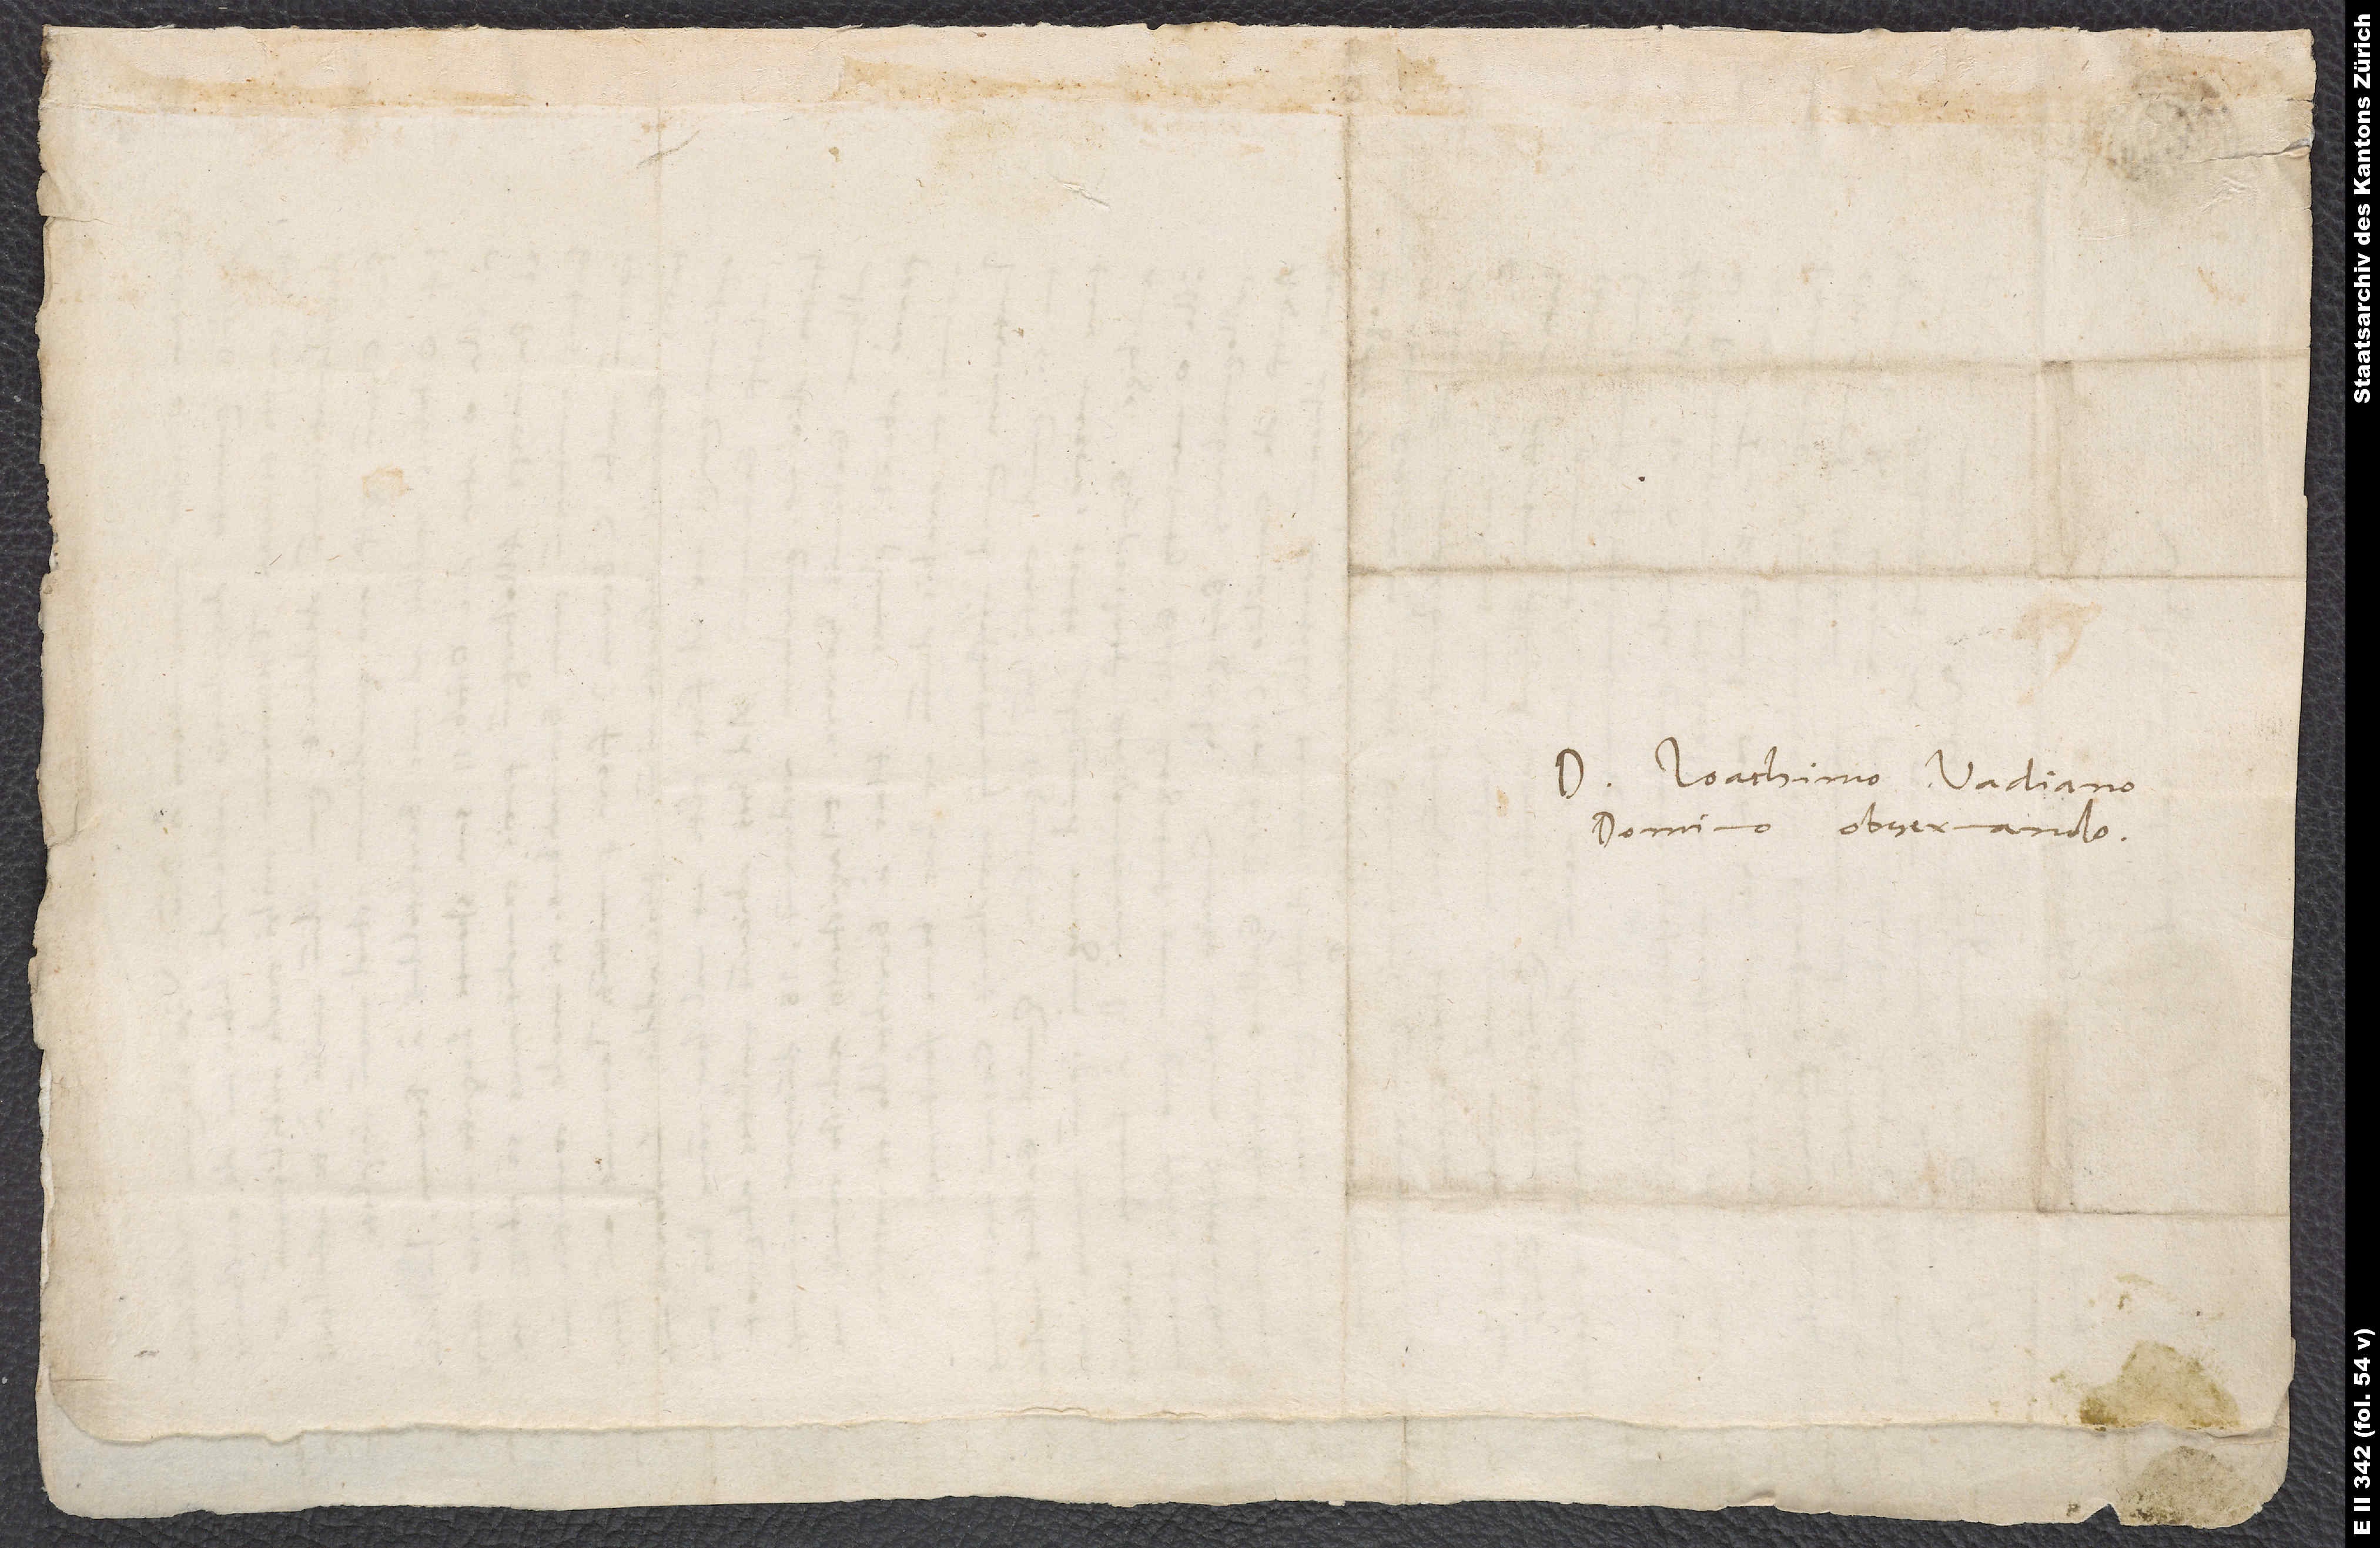
Doctori Ioachimo Vadiano,
domino observando.